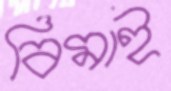
বিমাই